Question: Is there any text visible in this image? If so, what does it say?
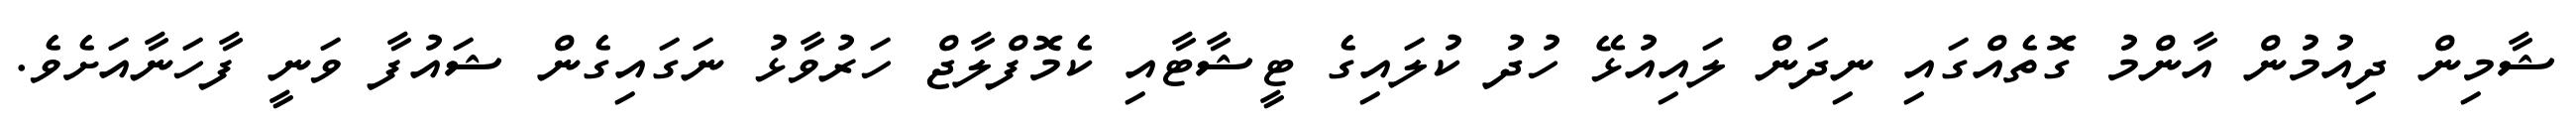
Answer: ޝާމިން ދިއުމުން އާންމު ގޮތެއްގައި ނިދަން ލައިއުޅޭ ހުދު ކުލައިގެ ޓީޝާޓާއި ކެމޮފްލާޖް ހަރުވާޅު ނަގައިގެން ޝައުފާ ވަނީ ފާހަނާއަށެވެ.